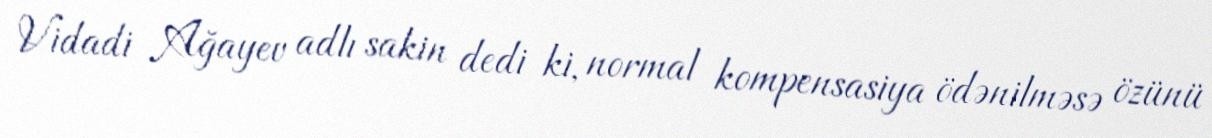
Vidadi Ağayev adlı sakin dedi ki, normal kompensasiya ödənilməsə özünü